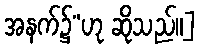
အနက်၌”ဟု ဆိုသည်။]